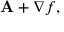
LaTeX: \mathbf { A } + \nabla f ,